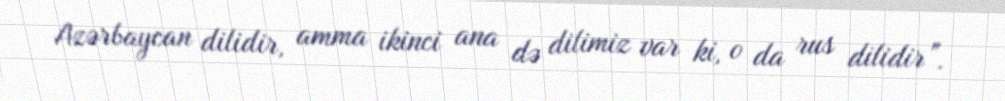
Azərbaycan dilidir, amma ikinci ana də dilimiz var ki, o da rus dilidir”.